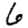
Digit: 6